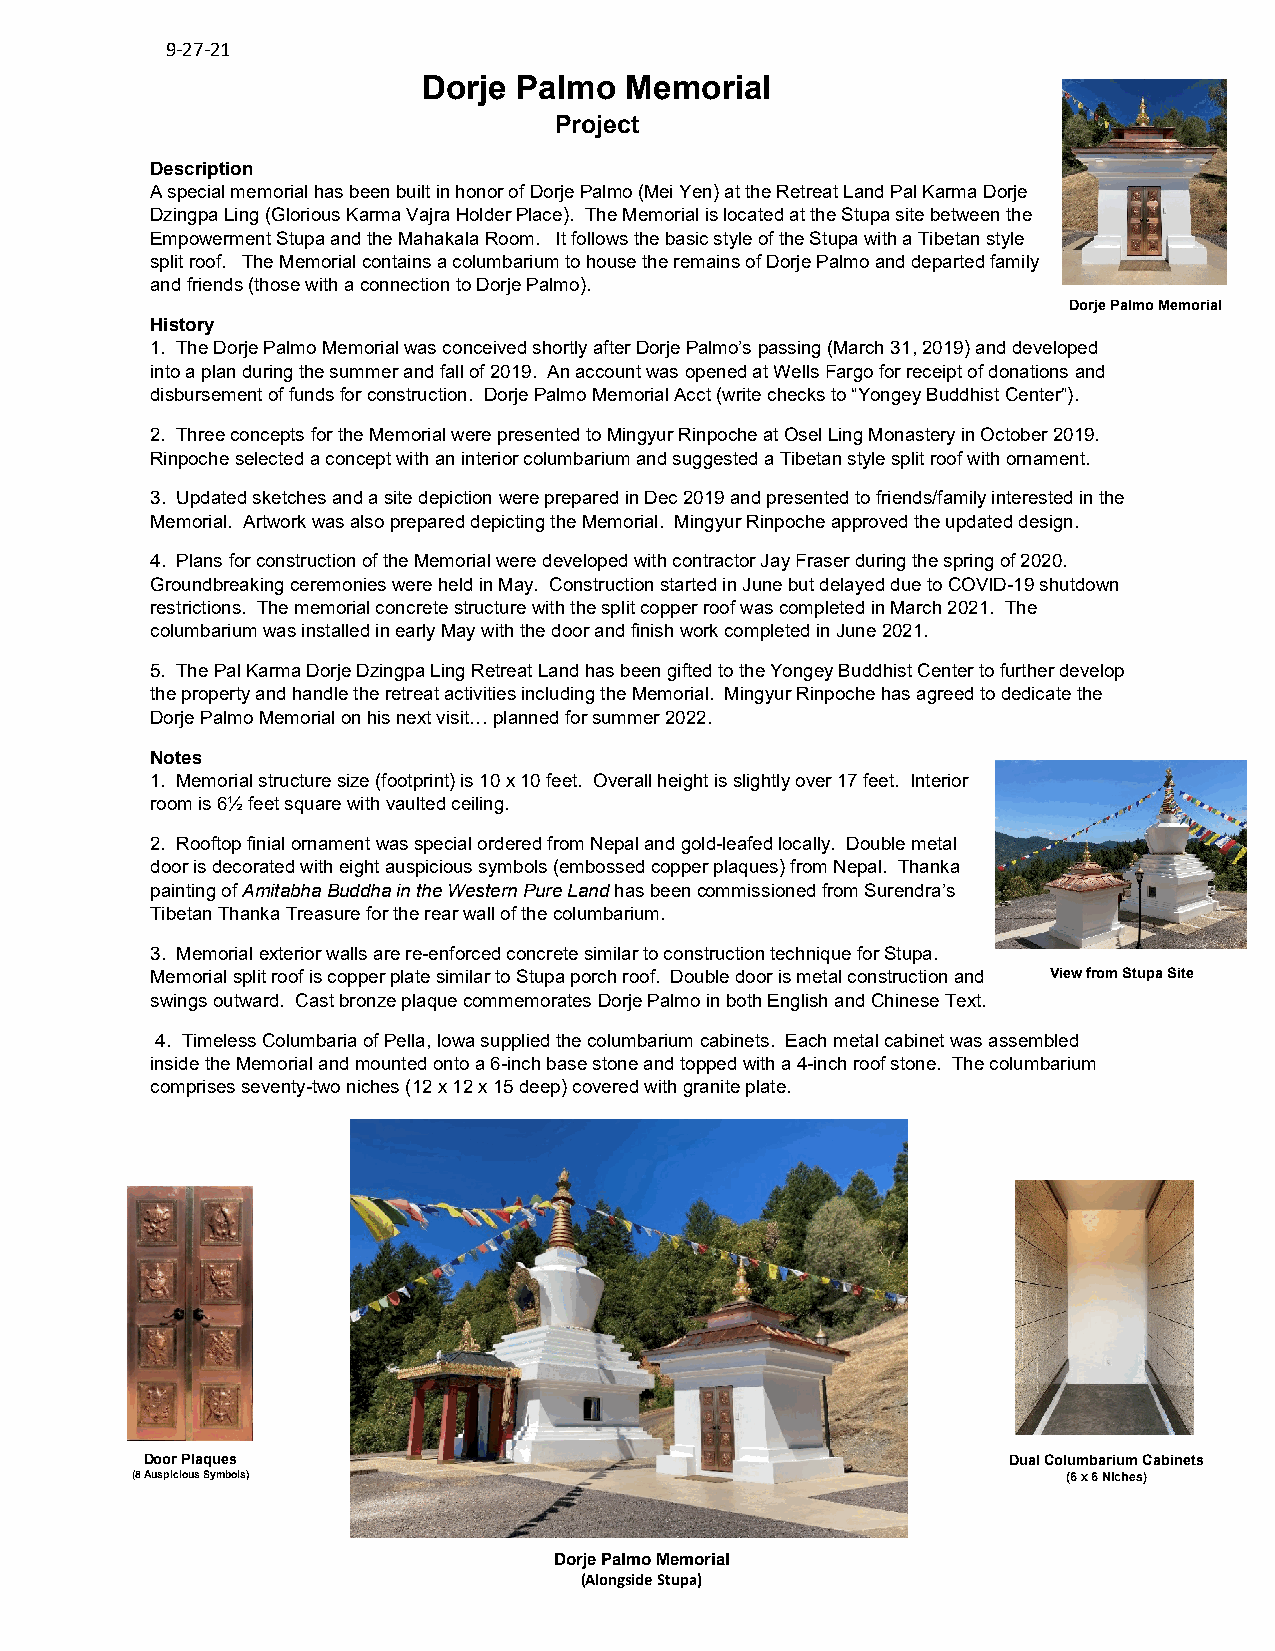
9-27-21
 Dorje Palmo  Memorial
 Project
 Description
 A special memorial has been built in honor of Dorje Palmo (Mei Yen) at the Retreat Land Pal Karma Dorje
 Dzingpa Ling (Glorious Karma Vajra Holder Place). The Memorial is located at the Stupa site between the
 Empowerment Stupa and the Mahakala Room. It follows the basic style of the Stupa with a Tibetan style
 split roof. The Memorial contains a columbarium to house the remains of Dorje Palmo and departed family
 and friends (those with a connection to Dorje Palmo).
 Dorje Palmo Memorial
 History
 1. The Dorje Palmo Memorial was conceived shortly after Dorje Palmo’s passing (March 31, 2019) and developed
 into a plan during the summer and fall of 2019. An account was opened at Wells Fargo for receipt of donations and
 disbursement of funds for construction. Dorje Palmo Memorial Acct (write checks to “Yongey Buddhist Center”).
 2. Three concepts for the Memorial were presented to Mingyur Rinpoche at Osel Ling Monastery in October 2019.
 Rinpoche selected a concept with an interior columbarium and suggested a Tibetan style split roof with ornament.
 3. Updated sketches and a site depiction were prepared in Dec 2019 and presented to friends/family interested in the
 Memorial. Artwork was also prepared depicting the Memorial. Mingyur Rinpoche approved the updated design.
 4. Plans for construction of the Memorial were developed with contractor Jay Fraser during the spring of 2020.
 Groundbreaking ceremonies were held in May. Construction started in June but delayed due to COVID-19 shutdown
 restrictions. The memorial concrete structure with the split copper roof was completed in March 2021. The
 columbarium was installed in early May with the door and finish work completed in June 2021.
 5. The Pal Karma Dorje Dzingpa Ling Retreat Land has been gifted to the Yongey Buddhist Center to further develop
 the property and handle the retreat activities including the Memorial. Mingyur Rinpoche has agreed to dedicate the
 Dorje Palmo Memorial on his next visit… planned for summer 2022.
 Notes
 1. Memorial structure size (footprint) is 10 x 10 feet. Overall height is slightly over 17 feet. Interior
 room is 6½ feet square with vaulted ceiling.
 2. Rooftop finial ornament was special ordered from Nepal and gold-leafed locally. Double metal
 door is decorated with eight auspicious symbols (embossed copper plaques) from Nepal. Thanka
 painting of Amitabha Buddha in the Western Pure Land has been commissioned from Surendra’s
 Tibetan Thanka Treasure for the rear wall of the columbarium.
 3. Memorial exterior walls are re-enforced concrete similar to construction technique for Stupa.
 Memorial split roof is copper plate similar to Stupa porch roof. Double door is metal construction and View from Stupa Site
 swings outward. Cast bronze plaque commemorates Dorje Palmo in both English and Chinese Text.
 4. Timeless Columbaria of Pella, Iowa supplied the columbarium cabinets. Each metal cabinet was assembled
 inside the Memorial and mounted onto a 6-inch base stone and topped with a 4-inch roof stone. The columbarium
 comprises seventy-two niches (12 x 12 x 15 deep) covered with granite plate.
 Door Plaques                                             Dual Columbarium Cabinets
 (8 Auspicious Symbols)                                        (6 x 6 Niches)
 Dorje Palmo Memorial
 (Alongside Stupa)